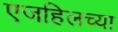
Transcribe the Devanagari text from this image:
एजहिलच्या